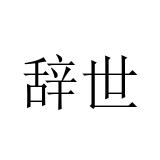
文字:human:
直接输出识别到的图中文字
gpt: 辞世